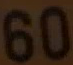
60